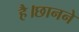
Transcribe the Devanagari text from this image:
है।छानने